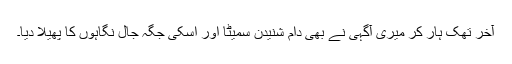
آخر تھک ہار کر میری آگہی نے بھی دامِ شنیدن سمیٹا اور اسکی جگہ جال نگاہوں کا پھیلا دیا۔